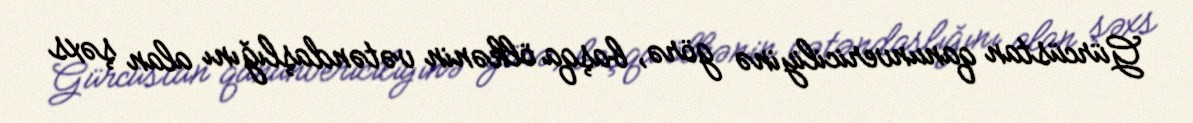
Gürcüstan qanunvericiliyinə görə, başqa ölkənin vətəndaşlığını alan şəxs